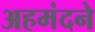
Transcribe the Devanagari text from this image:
अहमंदने